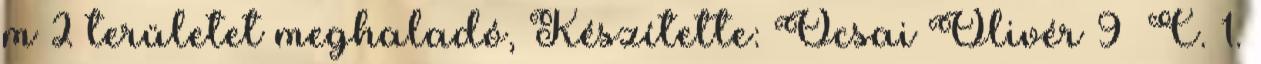
m 2 területet meghaladó, Készítette: Ócsai Olivér 9 C. 1.